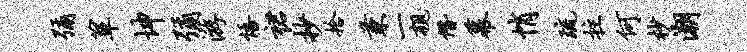
弥箪坤弥游悟裙抄拾兼一亲僭幕悄琉拄何杪潮